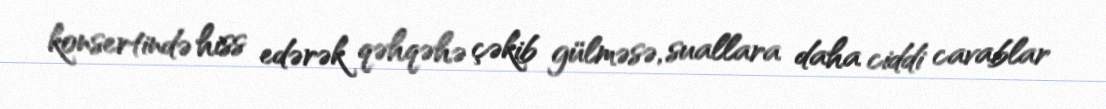
konsertində hiss edərək qəhqəhə çəkib gülməsə, suallara daha ciddi cavablar